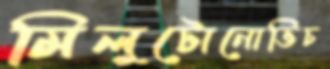
মিলুটোনোভিচ